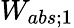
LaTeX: W_{abs;1}